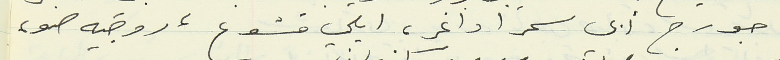
جورج ابي سمرا داغر، ايلي قشوع، روجيه ضو،